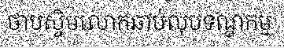
ថាបស្ចិមលោកឆាប់លុបទណ្ឌកម្ម